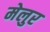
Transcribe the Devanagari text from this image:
मेलुर